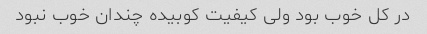
در کل خوب بود ولی کیفیت کوبیده چندان خوب نبود